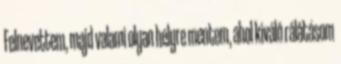
Felnevettem, majd valami olyan helyre mentem, ahol kiváló rálátásom